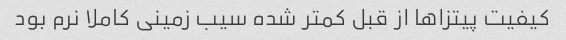
کیفیت پیتزاها از قبل کمتر شده سیب زمینی کاملا نرم بود